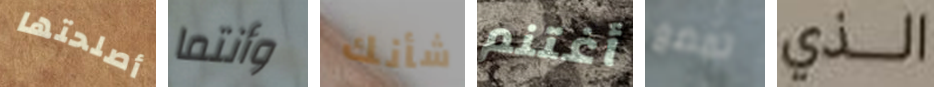
أصلحتها وأنتما شأنك أغتنم تمضغ الذي